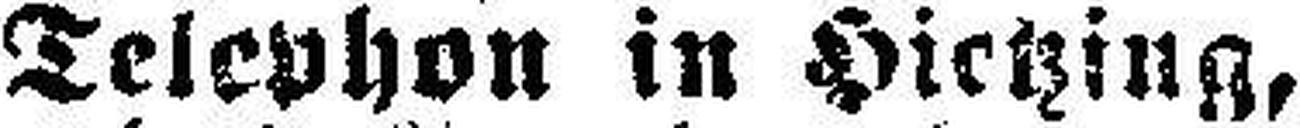
Telephon in Hietzing,